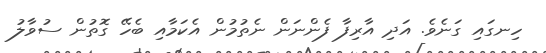
ހިނގައި ގަނެވެ. އަދި އާރިފާ ފެންނަން ނެތުމުން އެކަމާއި ބެހޭ ގޮތުން ސުވާލު